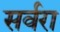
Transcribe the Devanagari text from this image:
सर्वरा